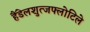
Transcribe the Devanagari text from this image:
हैंडेलशुत्जफ्लोटिले